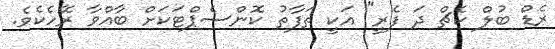
ރެޑް ބުލް ކެޗް ދަ ފެރީ" އަކީ ތަފާތު ކޮންސެޕްޓަކަށް ބާއްވާ ރޭހެކެވެ.